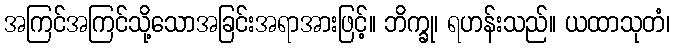
အကြင်အကြင်သို့သောအခြင်းအရာအားဖြင့်။ ဘိက္ခု၊ ရဟန်းသည်။ ယထာသုတံ၊